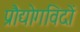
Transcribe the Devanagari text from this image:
प्रौद्योगविदों